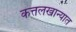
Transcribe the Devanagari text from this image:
कत्तलखान्यात